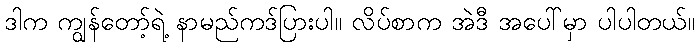
ဒါက ကျွန်တော့်ရဲ့ နာမည်ကဒ်ပြားပါ။ လိပ်စာက အဲဒီ အပေါ်မှာ ပါပါတယ်။